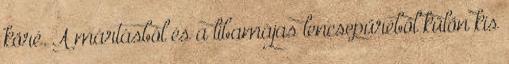
köré. A mártásból és a libamájas lencsepüréből külön kis